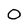
Character: o